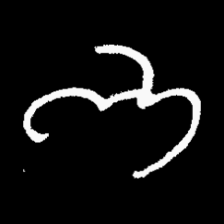
Pyu character \u2014 Myanmar letter: ဘ (romanized: bha)